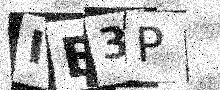
Text: IB3P